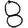
Digit: 8